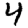
Digit: 4